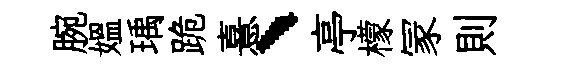
腕媪瑀跪憙、亭檬冡則